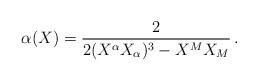
\begin{align*}\alpha (X)=\frac{2}{2 (X^{\alpha}X_{\alpha})^3 -X^{M}X_{M}}\,.\end{align*}